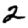
Digit: 2